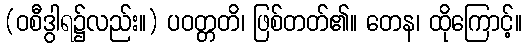
(ဝစီဒွါရ၌လည်း။) ပဝတ္တတိ၊ ဖြစ်တတ်၏။ တေန၊ ထိုကြောင့်။